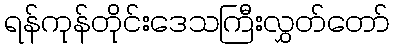
ရန်ကုန်တိုင်းဒေသကြီးလွှတ်တော်